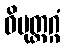
ဝိမုတ္တဂ္ဂံ